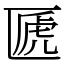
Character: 㔸